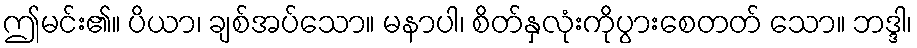
ဤမင်း၏။ ပိယာ၊ ချစ်အပ်သော။ မနာပါ၊ စိတ်နှလုံးကိုပွားစေတတ် သော။ ဘဒ္ဒါ၊